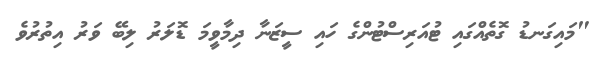
"މައިގަނޑު ގޮތެއްގައި ޓުއަރިސްޓުންގެ ހައި ސީޒަނާ ދިމާވީމަ ޑޮލަރު ލިބޭ ވަރު އިތުރުވެ